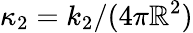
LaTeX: \kappa_{2}=k_{2}/(4\pi\mathbb{R}^{2})